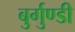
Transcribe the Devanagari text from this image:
बुर्गुण्डी